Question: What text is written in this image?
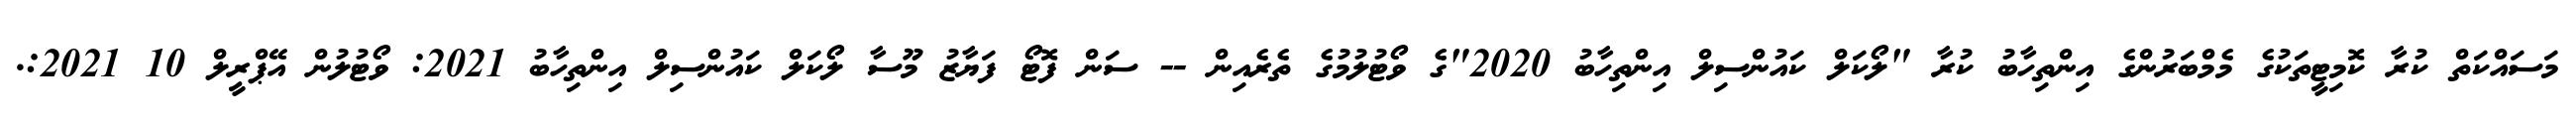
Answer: މަސައްކަތް ކުރާ ކޮމިޓީތަކުގެ މެމްބަރުންގެ އިންތިހާބު ކުރާ "ލޯކަލް ކައުންސިލް އިންތިހާބު 2020"ގެ ވޯޓުލުމުގެ ތެރެއިން -- ސަން ފޮޓޯ ފަޔާޒު މޫސާ ލޯކަލް ކައުންސިލް އިންތިހާބު 2021: ވޯޓުލުން އޭޕްރީލް 10 2021:.